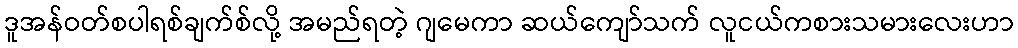
ဒူအန်ဝတ်စပါရစ်ချက်စ်လို့ အမည်ရတဲ့ ဂျမေကာ ဆယ်ကျော်သက် လူငယ်ကစားသမားလေးဟာ